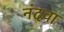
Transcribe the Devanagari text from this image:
नंदवा